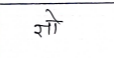
मजकूर: सो